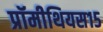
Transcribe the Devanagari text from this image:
प्रॉमीथियस१५